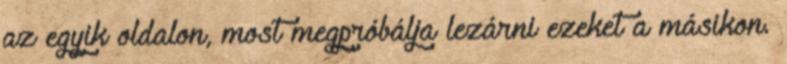
az egyik oldalon, most megpróbálja lezárni ezeket a másikon.